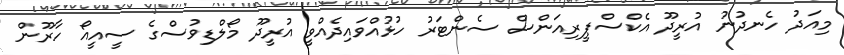
މިއަދު ހެނދުނު އުރީދޫ އެކްސްޕީރިއަންސް ސެންޓަރު ހުޅުއްވައިދެއްވީ އުރީދޫ މޯލްޑިވުސްގެ ސީއީއޯ ހާރޫން